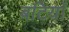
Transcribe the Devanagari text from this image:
बटियाँ